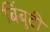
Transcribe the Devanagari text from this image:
बिंबुटी